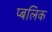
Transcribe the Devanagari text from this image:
प्बलिक